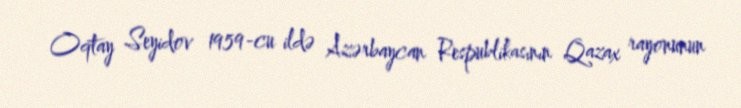
Oqtay Seyidov 1959-cu ildə Azərbaycan Respublikasının Qazax rayonunun